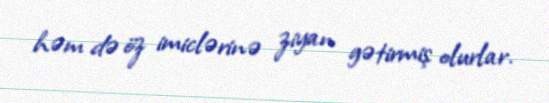
həm də öz imiclərinə ziyan gətirmiş olurlar.